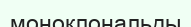
моноклональды